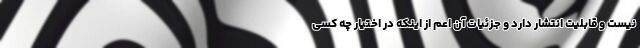
نیست و قابلیت انتشار دارد و جزئیات آن اعم از اینکه در اختیار چه کسی